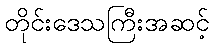
တိုင်းဒေသကြီးအဆင့်